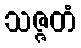
သဇ္ဇတံ